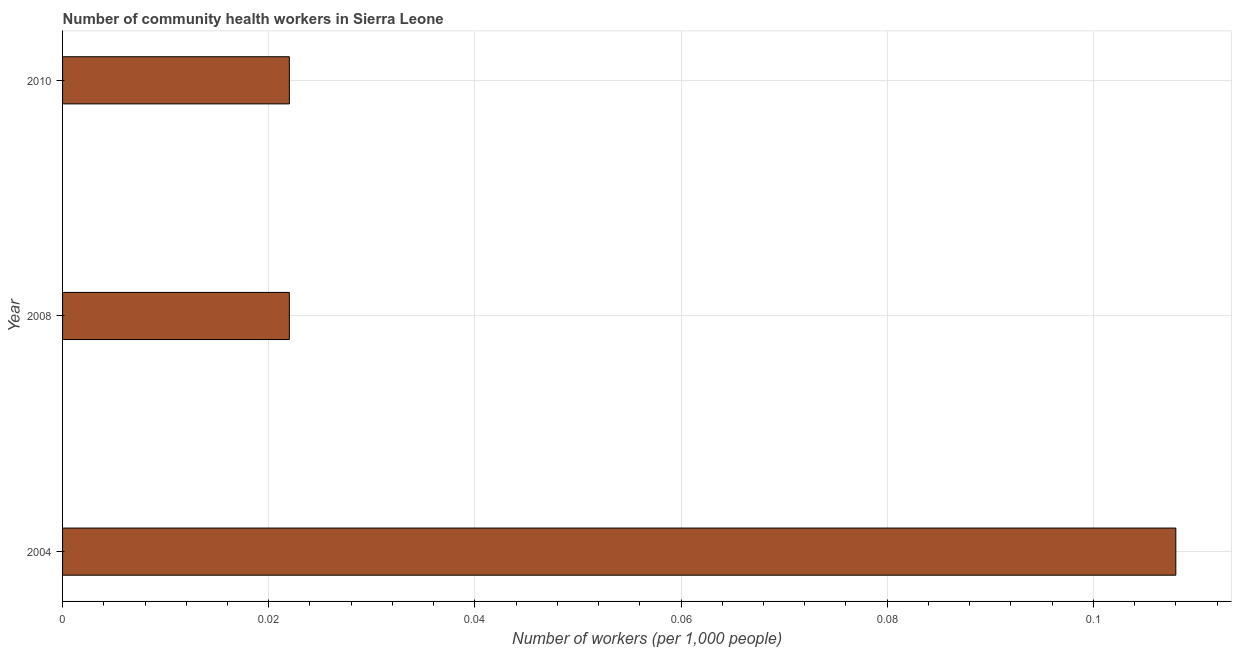
| Year | Community health workers |
 | --- | --- |
 | 2004 | 0.108 |
 | 2008 | 0.022 |
 | 2010 | 0.022 |